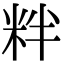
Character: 䉽